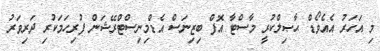
މި އަހަރު އެއެވޯޑް ޙާޞިލްކުރީ މާސްޓާ އޮފް ބިޒިނަސް އެޑްމިނިސްޓްރޭޝަން ފުރިހަމަކުރި ދަރިވަރު